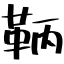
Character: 鞆